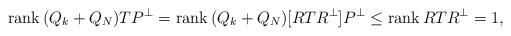
LaTeX: \begin{align*}\mathrm{rank}\, (Q_k +Q_N) T P^\perp =\mathrm{rank}\, (Q_k + Q_N) [ R T R^\perp] P^\perp \le \mathrm{rank}\, R T R^\perp = 1, \end{align*}